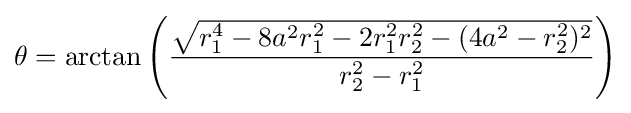
\theta =\arctan \left({\frac {\sqrt {r_{1}^{4}-8a^{2}r_{1}^{2}-2r_{1}^{2}r_{2}^{2}-(4a^{2}-r_{2}^{2})^{2}}}{r_{2}^{2}-r_{1}^{2}}}\right)